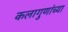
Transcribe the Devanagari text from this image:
कलागुणांच्या